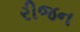
રીજન